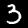
Digit: 3